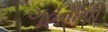
ગૂઢતાની